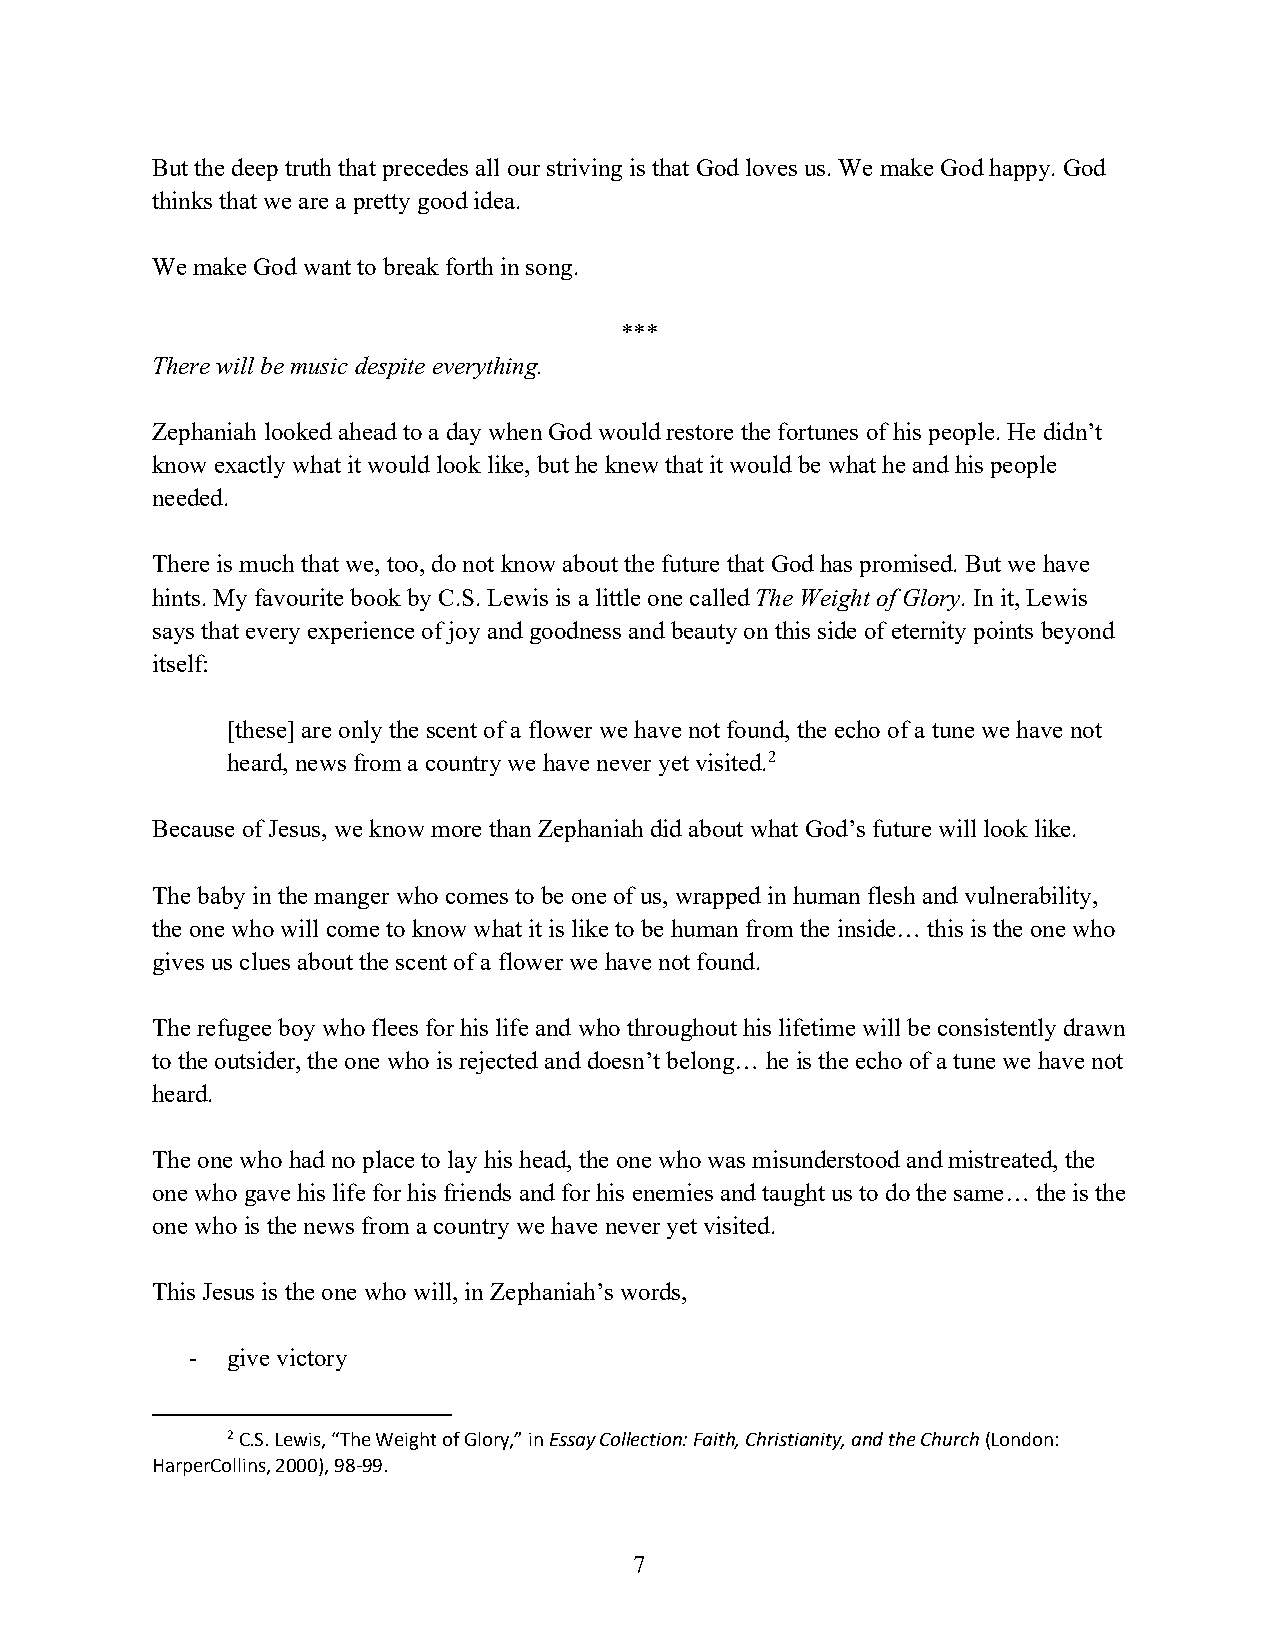
But the deep truth that precedes all our striving is that God loves us. We make God happy. God
 thinks that we are a pretty good idea.
 We make God want to break forth in song.
 ***
 There will be music despite everything.
 Zephaniah looked ahead to a day when God would restore the fortunes of his people. He didn’t
 know exactly what it would look like, but he knew that it would be what he and his people
 needed.
 There is much that we, too, do not know about the future that God has promised. But we have
 hints. My favourite book by C.S. Lewis is a little one called The Weight of Glory. In it, Lewis
 says that every experience of joy and goodness and beauty on this side of eternity points beyond
 itself:
 [these] are only the scent of a flower we have not found, the echo of a tune we have not
 heard, news from a country we have never yet visited.2
 Because of Jesus, we know more than Zephaniah did about what God’s future will look like.
 The baby in the manger who comes to be one of us, wrapped in human flesh and vulnerability,
 the one who will come to know what it is like to be human from the inside… this is the one who
 gives us clues about the scent of a flower we have not found.
 The refugee boy who flees for his life and who throughout his lifetime will be consistently drawn
 to the outsider, the one who is rejected and doesn’t belong… he is the echo of a tune we have not
 heard.
 The one who had no place to lay his head, the one who was misunderstood and mistreated, the
 one who gave his life for his friends and for his enemies and taught us to do the same… the is the
 one who is the news from a country we have never yet visited.
 This Jesus is the one who will, in Zephaniah’s words,
 - give victory
 2 C.S. Lewis, “The Weight of Glory,” in Essay Collection: Faith, Christianity, and the Church (London:
 HarperCollins, 2000), 98-99.
 7